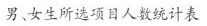
男、女生所选项目人数统计表